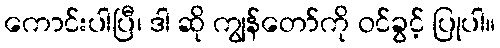
ကောင်းပါပြီ၊ ဒါ ဆို ကျွန်တော်ကို ဝင်ခွင့် ပြုပါ။